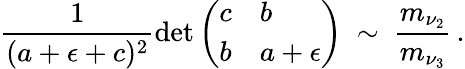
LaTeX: \frac{1}{(a+\epsilon+c)^{2}}\operatorname*{det}\left(\begin{array}{ll}{{c}}&{{b}}\\ {{b}}&{{a+\epsilon}}\end{array}\right)\ \sim\ \frac{m_{\nu_{2}}}{m_{\nu_{3}}}\, .